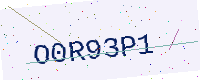
Text: O0R93P1